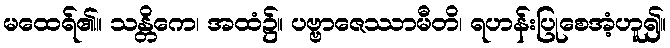
မထေရ်၏။ သန္တိကေ၊ အထံ၌။ ပဗ္ဗာဇေဿာမီတိ၊ ရဟန်းပြုစေအံ့ဟူ၍။